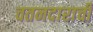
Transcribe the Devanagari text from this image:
वतनदाराची